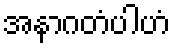
အနာဂတံပါဟံ